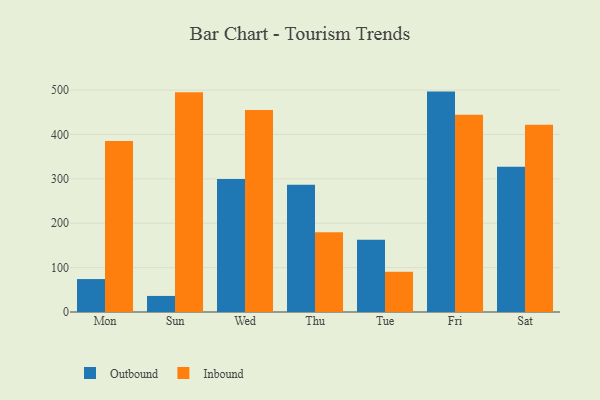
{"axis": {"x": "Day", "y": "Churn Rate (%)"}, "legend": ["Inbound", "Outbound"], "data": [{"x": "Mon", "y": 74.2, "type": "Outbound"}, {"x": "Mon", "y": 385.3, "type": "Inbound"}, {"x": "Sun", "y": 36.2, "type": "Outbound"}, {"x": "Sun", "y": 495.3, "type": "Inbound"}, {"x": "Wed", "y": 299.8, "type": "Outbound"}, {"x": "Wed", "y": 455.2, "type": "Inbound"}, {"x": "Thu", "y": 286.6, "type": "Outbound"}, {"x": "Thu", "y": 179.7, "type": "Inbound"}, {"x": "Tue", "y": 162.8, "type": "Outbound"}, {"x": "Tue", "y": 90.9, "type": "Inbound"}, {"x": "Fri", "y": 496.6, "type": "Outbound"}, {"x": "Fri", "y": 444.7, "type": "Inbound"}, {"x": "Sat", "y": 327.4, "type": "Outbound"}, {"x": "Sat", "y": 422.1, "type": "Inbound"}]}